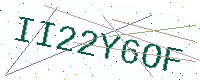
Text: II22Y6OF